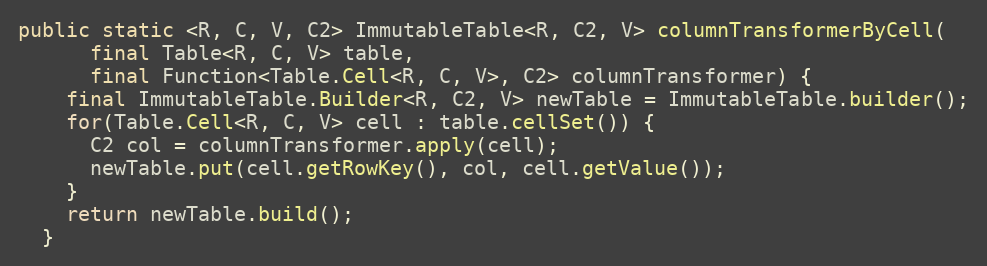
Language: Java
public static <R, C, V, C2> ImmutableTable<R, C2, V> columnTransformerByCell(
      final Table<R, C, V> table,
      final Function<Table.Cell<R, C, V>, C2> columnTransformer) {
    final ImmutableTable.Builder<R, C2, V> newTable = ImmutableTable.builder();
    for(Table.Cell<R, C, V> cell : table.cellSet()) {
      C2 col = columnTransformer.apply(cell);
      newTable.put(cell.getRowKey(), col, cell.getValue());
    }
    return newTable.build();
  }